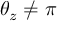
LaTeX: \theta _ { z } \neq \pi